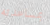
بمساعدته